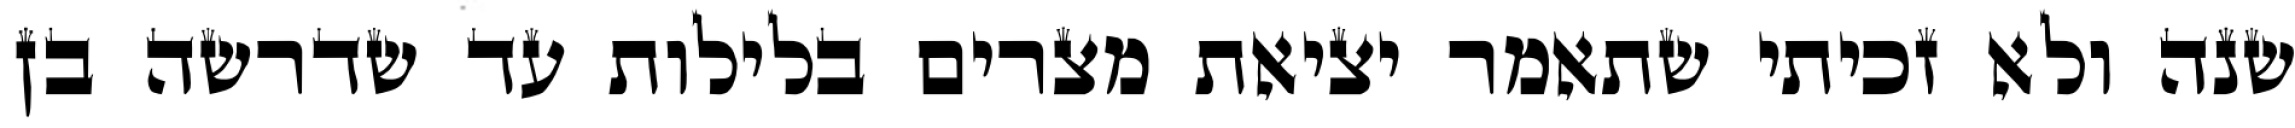
שנה ולא זכיתי שתאמר יציאת מצרים בלילות עד שדרשה בן